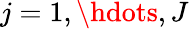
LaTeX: j=1,\hdots,J